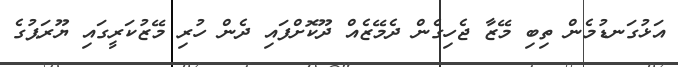
އަޅުގަނޑުމެން ތިބި މޭޒާ ޖެހިގެން ދެމޭޒެއް ދޫކޮށްފައި ދެން ހުރި މޭޒުކަރީގައި ޔޫރަޕުގެ